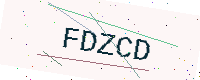
Text: FDZCD